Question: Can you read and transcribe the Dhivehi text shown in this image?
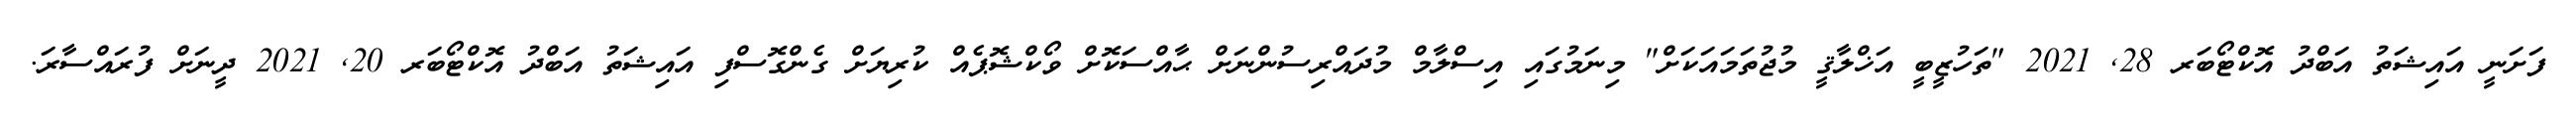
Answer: ފަށަނީ އައިޝަތު އަބްދު އޮކްޓޯބަރ 28, 2021 "ތަހުޒީބީ އަޚްލާޤީ މުޖުތަމައަކަށް" މިނަމުގައި އިސްލާމް މުދައްރިސުންނަށް ޙާއްސަކޮށް ވޯކްޝޮޕެއް ކުރިޔަށް ގެންގޮސްފި އައިޝަތު އަބްދު އޮކްޓޯބަރ 20, 2021 ދީނަށް ފުރައްސާރަ.